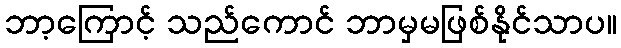
ဘာ့ကြောင့် သည်ကောင် ဘာမှမဖြစ်နိုင်သာပ။